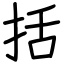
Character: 括